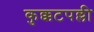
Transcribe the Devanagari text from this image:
कुक्कटपल्ली